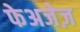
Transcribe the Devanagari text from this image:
फेअजेज़